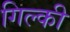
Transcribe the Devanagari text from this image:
गिल्की